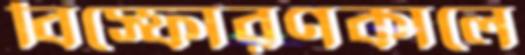
বিস্ফোরণকালে